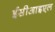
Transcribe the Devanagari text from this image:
ईसीआइएल